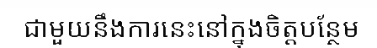
ជាមួយនឹងការនេះនៅក្នុងចិត្តបន្ថែម